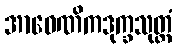
အာဝေဏိကဒုက္ခသုတ္တံ